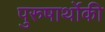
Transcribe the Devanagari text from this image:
पुरुषार्थोकी